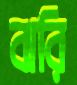
ঝরি